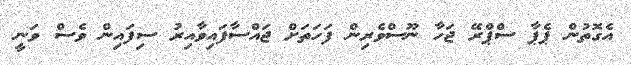
އެގޮތުން ޕެޕާ ސްޕްރޭ ޖަހާ ނޫސްވެރިން ފަހަތަށް ޖައްސާފައިވާއިރު ސިފައިން ވެސް ވަނީ